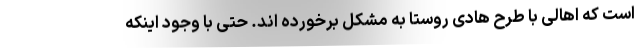
است که اهالی با طرح هادی روستا به مشکل برخورده اند. حتی با وجود اینکه